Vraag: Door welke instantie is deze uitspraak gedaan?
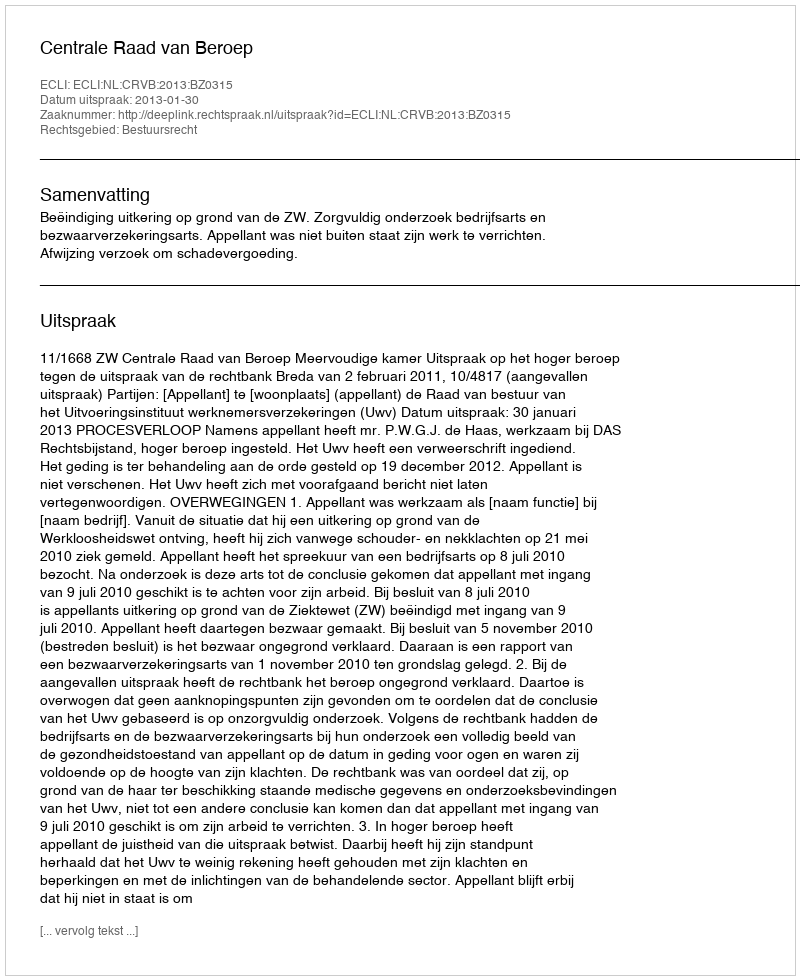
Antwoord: Centrale Raad van Beroep